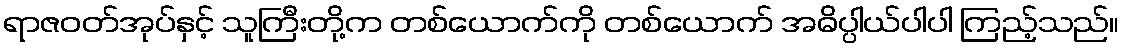
ရာဇဝတ်အုပ်နှင့် သူကြီးတို့က တစ်ယောက်ကို တစ်ယောက် အဓိပ္ပါယ်ပါပါ ကြည့်သည်။